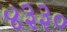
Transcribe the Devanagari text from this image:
४३३०